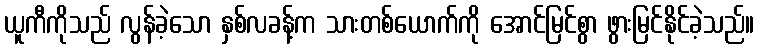
ယူကီကိုသည် လွန်ခဲ့သော နှစ်လခန့်က သားတစ်ယောက်ကို အောင်မြင်စွာ ဖွားမြင်နိုင်ခဲ့သည်။